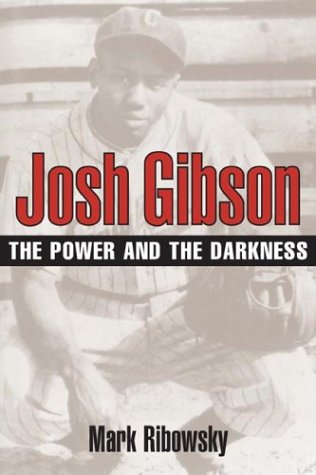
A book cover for Josh Gibson: THE POWER AND THE DARKNESS; Mark Ribowsky; Sports & Outdoors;